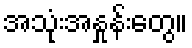
အသုံးအနှုန်းတွေ။